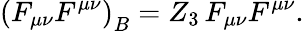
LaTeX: \left(F_{\mu\nu}F^{\mu\nu}\right)_{B}=Z_{3}\, F_{\mu\nu}F^{\mu\nu}.